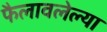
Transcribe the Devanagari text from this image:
फैलावलेल्या